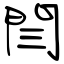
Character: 閆